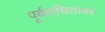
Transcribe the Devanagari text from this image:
पूर्वसंचितावर